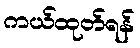
ကယ်ထုတ်ရန်